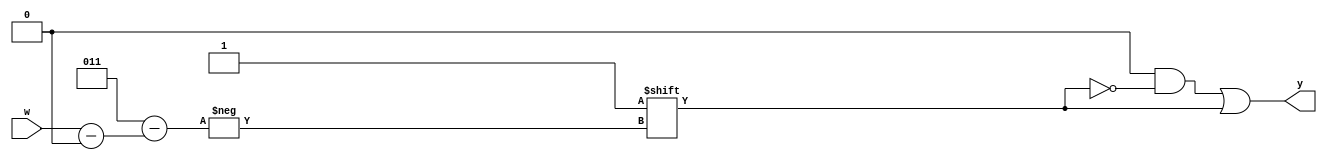
`timescale 1ns / 1ps
//////////////////////////////////////////////////////////////////////////////////
// Company: 
// Engineer: 
// 
// Design Name: 
// Module Name: decoder_2x4
// Project Name: 
// Target Devices: 
// Tool Versions: 
// Description: 
// 
// Dependencies: 
// 
// Revision:
// Revision 0.01 - File Created
// Additional Comments:
// 
//////////////////////////////////////////////////////////////////////////////////

//2-bit input
module decoder_2x4(
    input [1:0] w,
    output reg [0:3] y //4-bits still: LSB = index of 3 and MSB = 0
    );
    
    //behavioral modeling:
    always @(w) // the () contains the sensitivity list in this case w
    begin
        //default value for y
        y = 4'b0000;
        
        
//        //if else = priority routing network
//        if (w == 2'b00) //2-bit 00
//            y = 4'b1000;   
//        else if (w == 2'b01)
//            y[1] = 1'b1;
//        else if (w == 2'b10)
//            y[2] = 1'b1;
//        else if (w == 2'b11)
//            y[3] = 1'b1;
//        else 
//            y = 4'b0000;
         
//         //multiplexing network
//         case(w) 
//            0: y = 4'b1000; //if w = 0, then y0 = 1 and the rest are zeroes. 
//                            //this is backwards because when we created the output y, we made it 4 bit using [0:3]
//            1: y = 4'b0100;
//            2: y = 4'b0010;
//            3: y = 4'b0001;
//            default: y = 4'b0000;
//          endcase

        //easier way
        
        y[w] = 1'b1;
        
    end 
     
endmodule